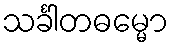
သင်္ခါတဓမ္မော